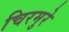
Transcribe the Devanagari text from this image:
चिरमुरे